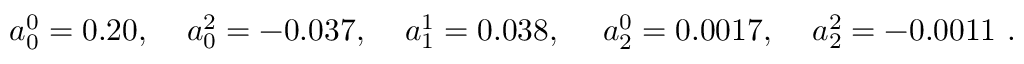
\begin{array} { l l l l l } { { a _ { 0 } ^ { 0 } = 0 . 2 0 , \; } } & { { a _ { 0 } ^ { 2 } = - 0 . 0 3 7 , \; } } & { { a _ { 1 } ^ { 1 } = 0 . 0 3 8 , \, \; } } & { { a _ { 2 } ^ { 0 } = 0 . 0 0 1 7 , \; } } & { { a _ { 2 } ^ { 2 } = - 0 . 0 0 1 1 ~ . } } \end{array}